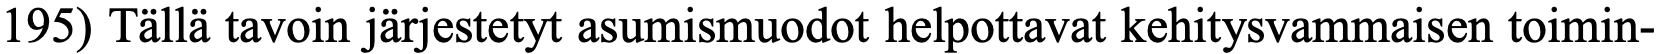
195) Tällä tavoin järjestetyt asumismuodot helpottavat kehitysvammaisen toimin-